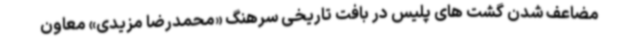
مضاعف شدن گشت های پلیس در بافت تاریخی سرهنگ «محمدرضا مزیدی» معاون